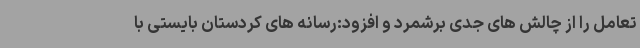
تعامل را از چالش های جدی برشمرد و افزود:رسانه های کردستان بایستی با